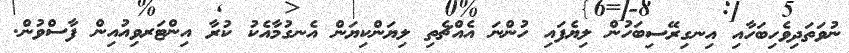
ނުވަތަދިވެހިބަހާއި އިނގިރޭސިބަހުން ލިޔެފައި ހުންނަ އެއްޗެތި ލިޔަންކިޔަން އެނގުމާއެކު ކުރާ އިންޓަރވިއުއިން ފާސްވުން.